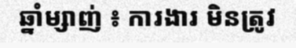
ឆ្នាំម្សាញ់ ៖ ការងារ មិនត្រូវ